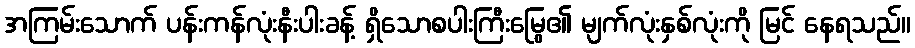
အကြမ်းသောက် ပန်းကန်လုံးနီးပါးခန့် ရှိသောစပါးကြီးမြွေ၏ မျက်လုံးနှစ်လုံးကို မြင် နေရသည်။